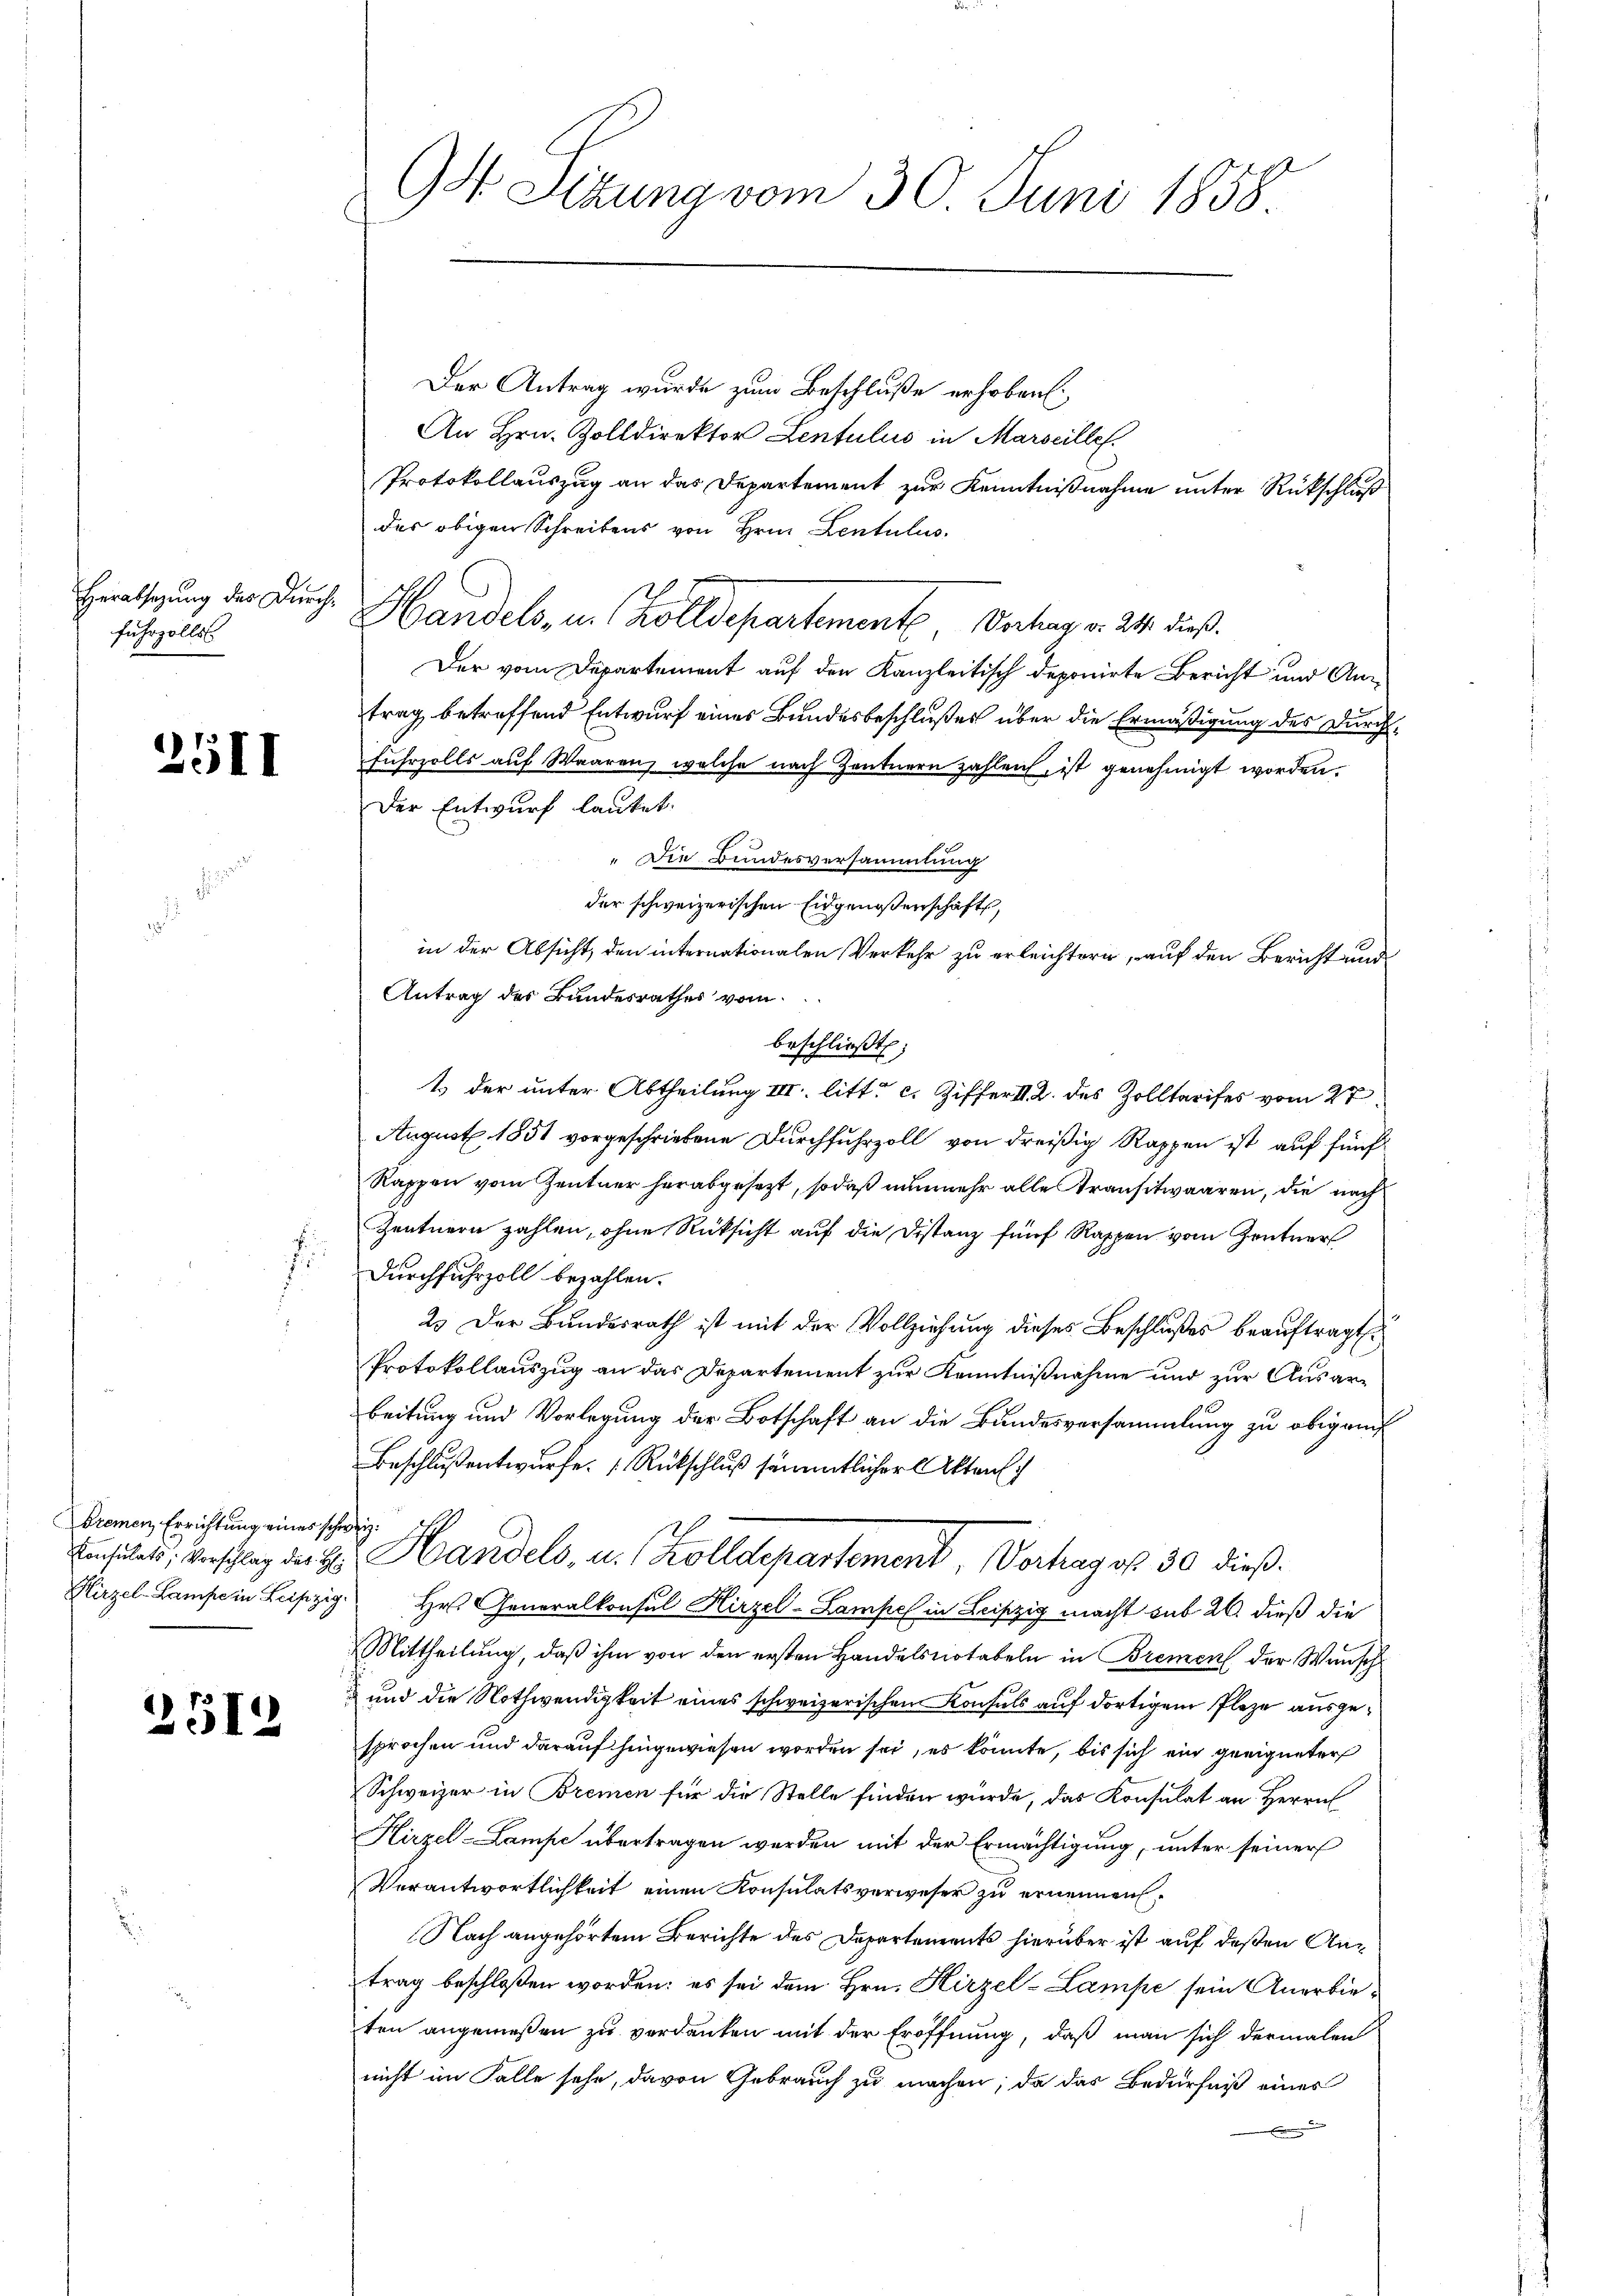
fuhrzolls

2511

Bremen Errichtung eines schweiz.

2512

Der Antrag wurde zum Beschluße erhoben,
An Hrn. Zolldirektor Lentulis in Marseille
Protokollauszug an das Departement zur Kenntnißnahme unter Rückschluß
des obigen Schreibens von Hrn. Lentulus.
Heiligung der Durch Handels, u. Zolldepartemente Vertrag v. 241. dieß
Der vom Departement auf den Kanzleitisch deponirte Bericht und Antrag betreffend Entwurf eines Bundesbeschlußes über die Ermäßigung des Durchfuhrzolls auf Waaren, welche nach Zentnern zahlen, ist genehmigt worden.
Der Entwurf lautet:
" Die Bundesversammlung
der schweizerischen Eidgenossenschaft,
in der Absicht, den internationalen Verkehr zu erleichtern, auf den Bericht und
Antrag des Bundesrathes vom
beschließt:
t der unter Abtheilung III. litt. c. Ziffert. 2. des Zolltarises vom 27.
August 1851 vorgeschriebene Durchfuhrzoll von dreißig Rappen ist auf fünf
Rappen vom Zentner herabgesetzt, sodaß nunmehr alle Transitwaaren, die nach
Zentnern zahlen, ohne Rücksicht auf die Distanz fünf Rappen vom Zentner
Durchfuhrzoll bezahlen.
2. Der Bundesrath ist mit der Vollziehung dieses Beschlußes beauftragt.
Protokollauszug an das Departement zur Kenntnißnahme und zur Ausarbeitung und Vorlegung der Botschaft an die Bundesversammlung zu obigen
Beschlußentwurfe. (Rückschluß sämmtlicher Akten
Eisital, verschlag der E. Handels, u. Zolldepartement, Verhagof 30 dieß.
Hirzel-Lampe in Leipzig Hr. Generalkonsul Hirzel-Lampel in Leipzig macht sub 26. dieß die
Mittheilung, daß ihm von den ersten Handelsnotabeln in Bremen der Wunsch
 und die Nothwendigkeit eines schweizerischen Konsuls auf dortigem Plaze ausgesprochen und darauf hingewiesen worden sei, es könnte, bis sich ein geeigneter
Schweizer in Bremen für die Stelle finden würde, das Konsulat an Herrn
Hirzel-Lampe übertragen werden mit der Ermächtigung, unter seiner
Verantwortlichkeit einen Konsulatsverweser zu ernennen,
Nach angehörtem Berichte des Departements hierüber ist auf deßen Antrag beschloßen worden; es sei dem Hrn. Hirzel-Lampe sein Anerbieten angemeßen zu verdanken mit der Eröffnung, daß man sich dermalen
nicht im Falle sehe, davon Gebrauch zu machen; da das Bedürfniß eines

9t Setzung vom 30. Juni 1858.